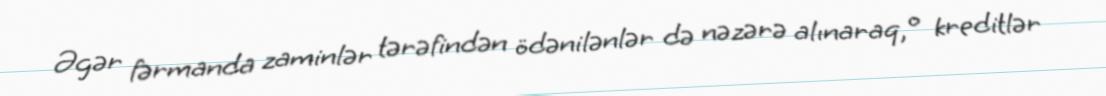
Əgər fərmanda zaminlər tərəfindən ödənilənlər də nəzərə alınaraq, o kreditlər